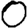
Digit: 0